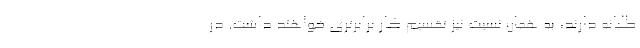
طلبانه دارند، به همان نسبت نیز تقسیم کار برابرتری خواهند داشت. در